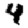
Digit: 4